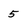
Character: 5